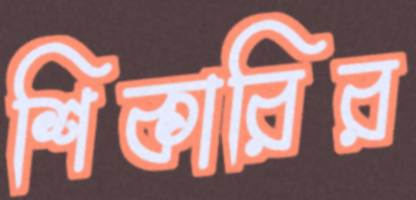
শিকারির